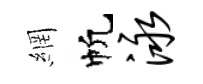
網帆泳